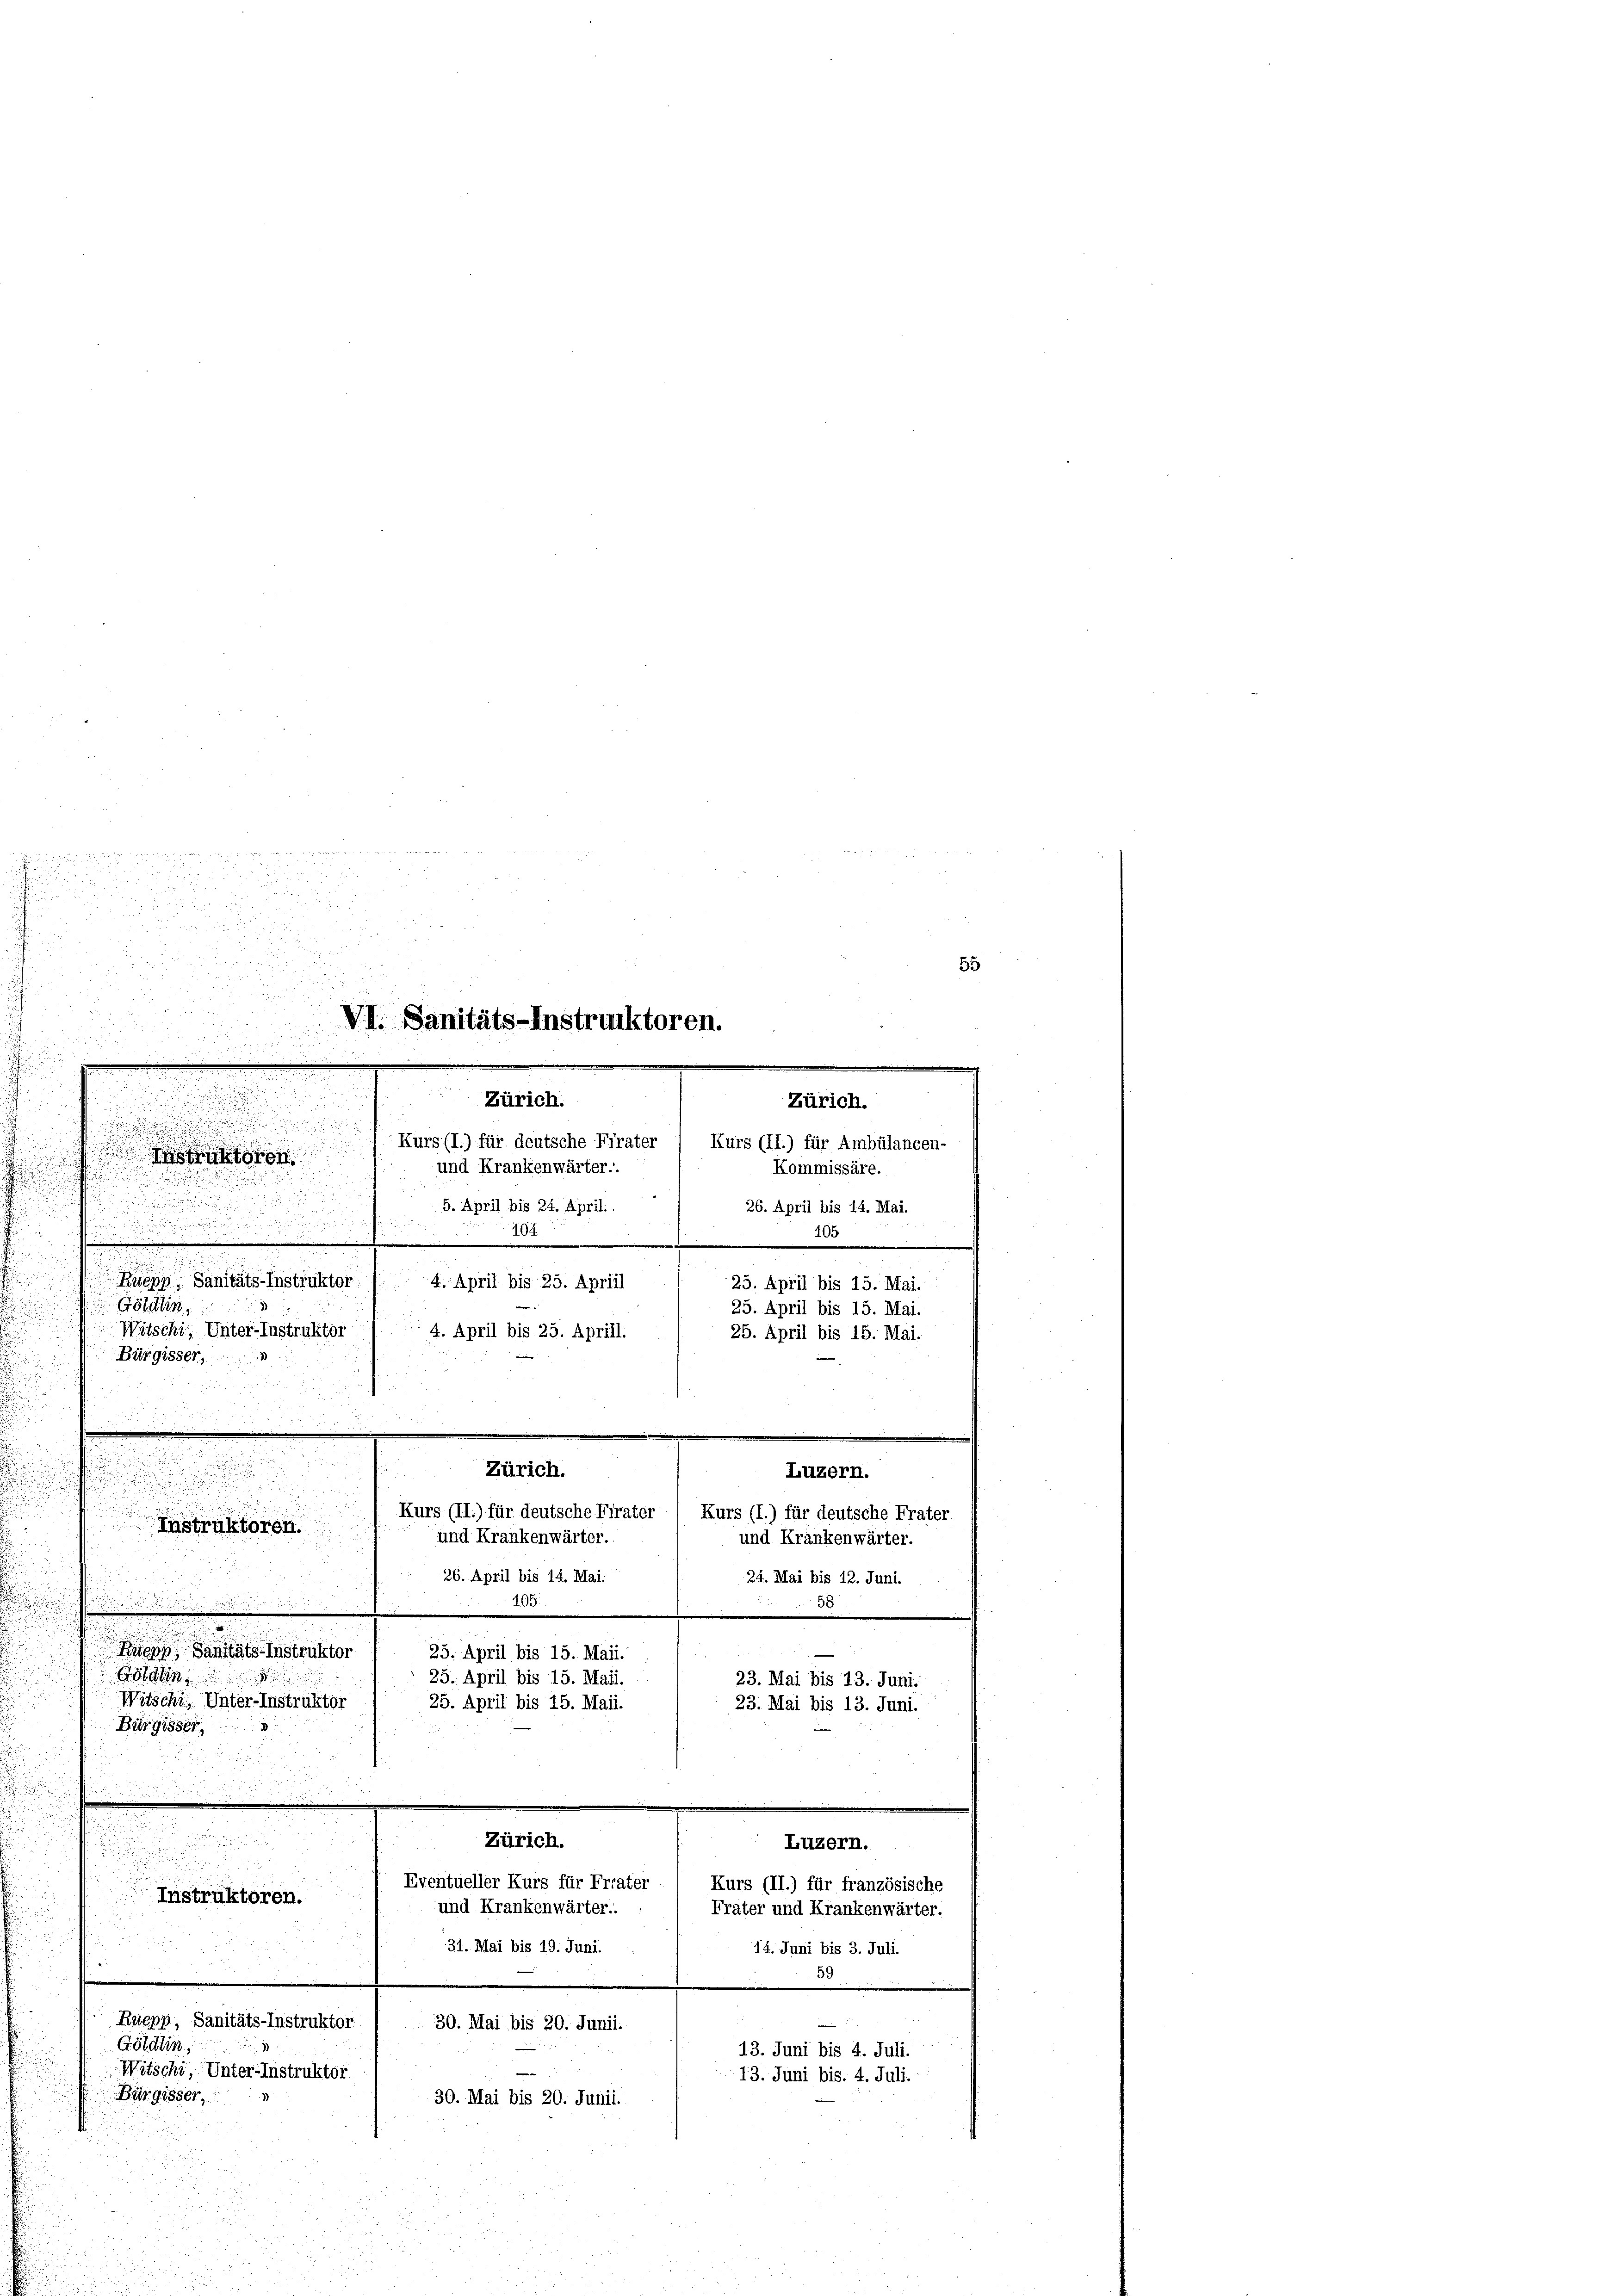
u

und Krankenwärter..
.
u
5. April bis 24. April.

.
104

Ruern Sanitäts-Instruktor 14. April bis 25. Aprill
Göldlin,
Witschi, Unter-Instruktor
4. April bis 25. Aprill.
Bürgisser,
.
.

Kurs (II.) für deutsche Firater
Instruktoren.
und Krankenwärter.
26. April bis 14. Mai.
105.
n Seiteren
25. April bis 15. Maii.
Göldlin
25. April bis 15. Maii.
Witschi, Unter-Instruktor
25. April bis 15. Maii.
Bürgisser.
Zürich.

Luzern.
u
Eventueller Kurs für Friater
Kurs (II.) für französische
Instruktoren.
und Krankenwärter..
Fräter und Krankenwärter.
i
31. Mai bis 19. Juni.
14. Juni bis 3. Juli.
Ruepp, Sanitäts-Instruktor
30. Mai bis 20. Junii.
Götälin,
13. Juni bis 4. Juli.
Witschi, Unter-Instruktor
13. Juni bis. 4. Juli.
Bürgisser,
30. Mai bis 20. Junii.

u
u
u

VI. Sanitäts-Instruktoren.
i
d
u

.
23
m
.
.

u
Zürich.
Zürich.
.

u

i
e
Kurs (I.) für deutsche Firater
Kurs (II.) für Ambülancen-

Zürich.
.

Kommissäre.
26. April bis 14. Mai.
105
25. April bis 15. Mai.
25. April bis 15. Mai.
25. April bis 15. Mai.

Kurs (I.) für deutsche Frater
und Krankenwärter.
24. Mai bis 12. Juni.

23. Mai bis 13. Juni.
23. Mai bis 13. Juni.

Luzern.

55

n